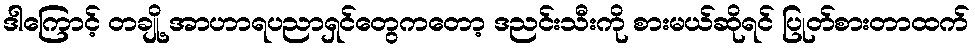
ဒါကြောင့် တချို့ အာဟာရပညာရှင်တွေကတော့ ဒညင်းသီးကို စားမယ်ဆိုရင် ပြုတ်စားတာထက်